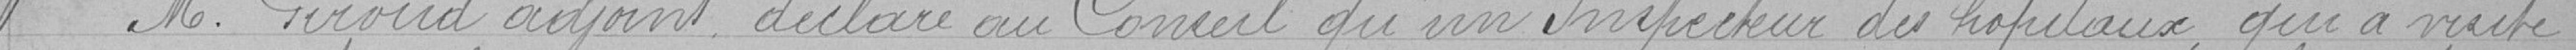
Monsieur Giroud, adjoint, déclare au Conseil qu'un inspecteur des hôpitaux, qui a visité